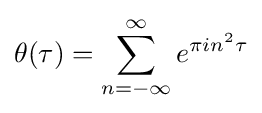
\theta (\tau )=\sum _{n=-\infty }^{\infty }e^{\pi in^{2}\tau }